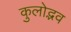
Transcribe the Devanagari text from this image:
कुलोद्भव